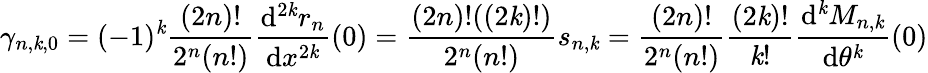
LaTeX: \gamma_{n,\mathit{k},0}=(-1)^{\mathit{k}}\frac{{(2n)!}}{{2^{n}(n!)}}\frac{{\mathrm{{d}}^{2\mathit{k}}r_{n}}}{{\mathrm{{d}}x^{2\mathit{k}}}}(0)=\frac{{(2n)!((2\mathit{k})!)}}{{2^{n}(n!)}}s_{n,\mathit{k}}=\frac{{(2n)!}}{{2^{n}(n!)}}\frac{{(2\mathit{k})!}}{{\mathit{k}!}}\frac{{\mathrm{{d}}^{\mathit{k}}M_{n,\mathit{k}}}}{{\mathrm{{d}}\theta^{\mathit{k}}}}(0)